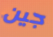
جين